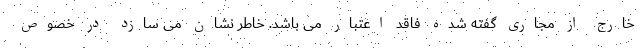
خارج از مجاری گفته شده فاقد اعتبار می باشد. خاطر نشان می سازد در خصوص